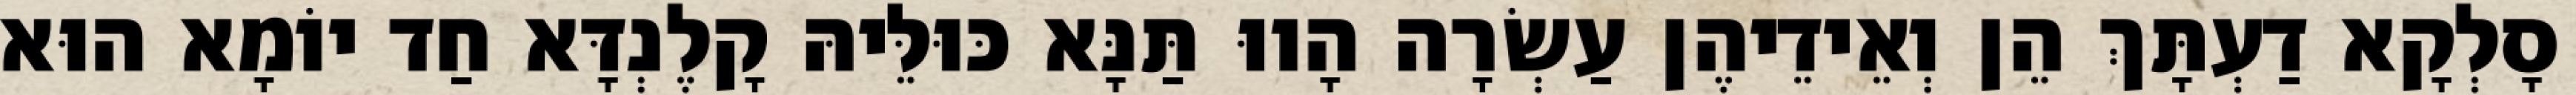
סָלְקָא דַעְתָּךְ הֵן וְאֵידֵיהֶן עַשְׂרָה הָווּ תַּנָּא כּוּלֵּיהּ קָלֶנְדָּא חַד יוֹמָא הוּא